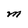
Character: M